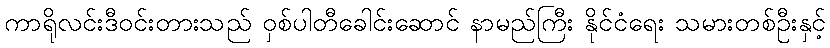
ကာရိုလင်းဒီဝင်းတားသည် ဝှစ်ပါတီခေါင်းဆောင် နာမည်ကြီး နိုင်ငံရေး သမားတစ်ဦးနှင့်